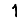
Digit: 1